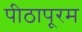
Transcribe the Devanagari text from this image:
पीठापूरम